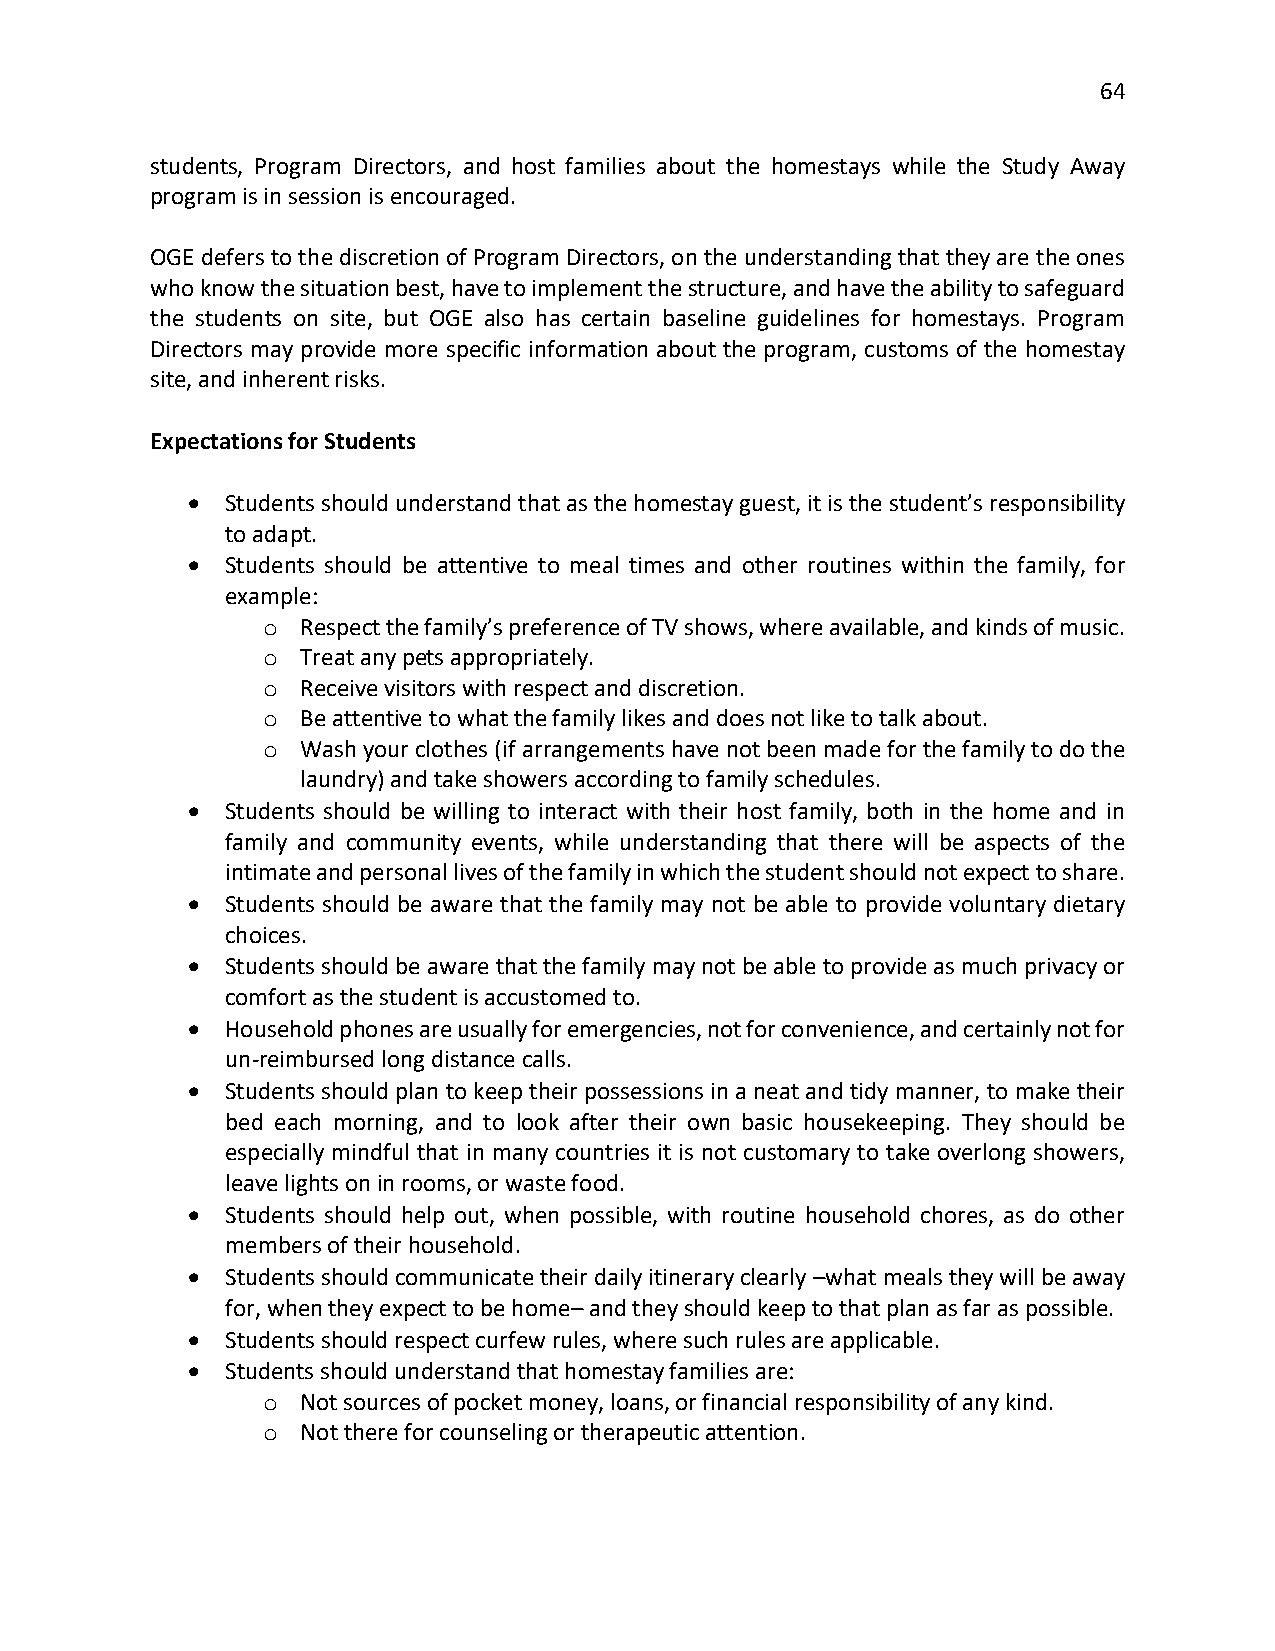
64
 students, Program Directors, and host families about the homestays while the Study Away
 program is in session is encouraged.
 OGE defers to the discretion of Program Directors, on the understanding that they are the ones
 who know the situation best, have to implement the structure, and have the ability to safeguard
 the students on site, but OGE also has certain baseline guidelines for homestays. Program
 Directors may provide more specific information about the program, customs of the homestay
 site, and inherent risks.
 Expectations for Students
 •  Students should understand that as the homestay guest, it is the student’s responsibility
 to adapt.
 •  Students should be attentive to meal times and other routines within the family, for
 example:
 Respect the family’s preference of TV shows, where available, and kinds of music.
 o
 Treat any pets appropriately.
 o
 Receive visitors with respect and discretion.
 o
 Be attentive to what the family likes and does not like to talk about.
 o
 Wash your clothes (if arrangements have not been made for the family to do the
 o
 laundry) and take showers according to family schedules.
 •  Students should be willing to interact with their host family, both in the home and in
 family and community events, while understanding that there will be aspects of the
 intimate and personal lives of the family in which the student should not expect to share.
 •  Students should be aware that the family may not be able to provide voluntary dietary
 choices.
 •  Students should be aware that the family may not be able to provide as much privacy or
 comfort as the student is accustomed to.
 •  Household phones are usually for emergencies, not for convenience, and certainly not for
 un-reimbursed long distance calls.
 •  Students should plan to keep their possessions in a neat and tidy manner, to make their
 bed each morning, and to look after their own basic housekeeping. They should be
 especially mindful that in many countries it is not customary to take overlong showers,
 leave lights on in rooms, or waste food.
 •  Students should help out, when possible, with routine household chores, as do other
 members of their household.
 •  Students should communicate their daily itinerary clearly –what meals they will be away
 for, when they expect to be home– and they should keep to that plan as far as possible.
 •  Students should respect curfew rules, where such rules are applicable.
 •  Students should understand that homestay families are:
 Not sources of pocket money, loans, or financial responsibility of any kind.
 o
 Not there for counseling or therapeutic attention.
 o